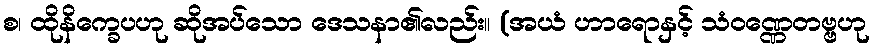
စ၊ ထိုနိက္ခေပဟု ဆိုအပ်သော ဒေသနာ၏လည်း။ (အယံ ဟာရောနှင့် သံဝဏ္ဏေတဗ္ဗဟု